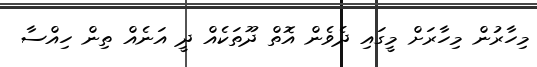
މިހާރުން މިހާރަށް މީގައި ދެވެން އޮތް ދޫތަކެއް ދީ އަނެއް ތިން ހިއްސާ